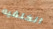
الخلفيه